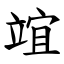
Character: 竩